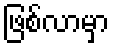
ဖြစ်လာမှာ